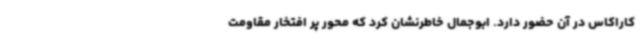
کاراکاس در آن حضور دارد. ابوجمال خاطرنشان کرد که محور پر افتخار مقاومت